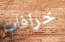
خرافات